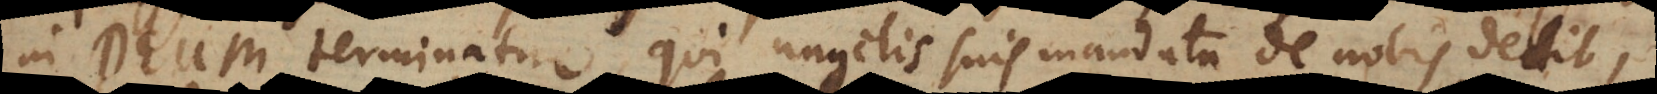
in Deum terminatur, qui angelis suis mandata de nobis dedit,